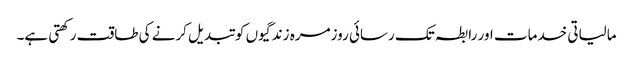
مالیاتی خدمات اور رابطہ تک رسائی روزمرہ زندگیوں کو تبدیل کرنے کی طاقت رکھتی ہے۔